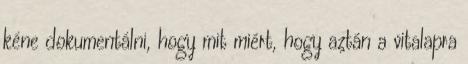
kéne dokumentálni, hogy mit miért, hogy aztán a vitalapra